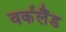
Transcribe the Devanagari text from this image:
वर्कलैंड